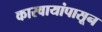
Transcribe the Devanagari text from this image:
कारवायांपासून